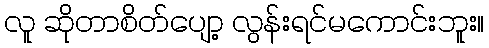
လူ ဆိုတာစိတ်ပျော့ လွန်းရင်မကောင်းဘူး။